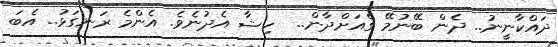
ދައްކާނީނު.. ދެން ބޭނުމޭ ގެއަށްދާން..  ހިޝާ އެދުނެވެ. އެންމެ ރަނގަޅު.. އެބަ